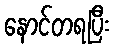
နောင်တရပြီး